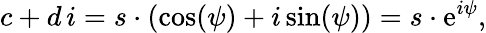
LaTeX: c+d\, i=s\cdot(\cos(\psi)+i\sin(\psi))=s\cdot\mathrm{e}^{i\psi},